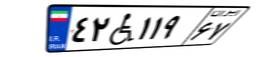
۴۲W۱۱۹۶۷